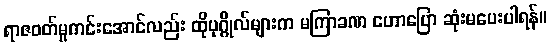
ရာဇဝတ်မှုကင်းအောင်လည်း ထိုပုဂ္ဂိုလ်များက မကြာခဏ ဟောပြော ဆုံးမပေးပါရန်။